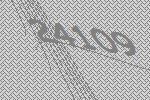
24109